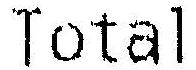
TOTAL